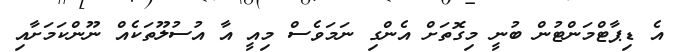
އެ ޑިޕާޓްމަންޓުން ބުނީ މިގޮތަށް އެންގި ނަމަވެސް މިއީ އާ އުސުލޫތަކެއް ނޫންކަމަށާއި